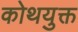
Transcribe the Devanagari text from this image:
कोथयुक्त